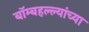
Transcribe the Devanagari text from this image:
बॉम्बहल्ल्यांच्या